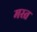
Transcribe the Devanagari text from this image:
मस्‍त